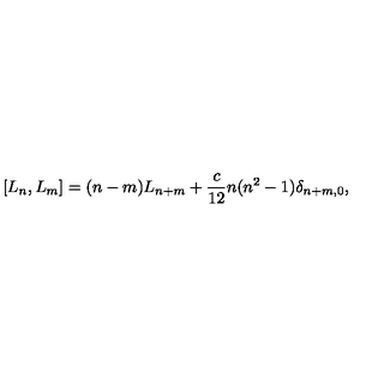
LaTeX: [ L _ { n } , L _ { m } ] = ( n - m ) L _ { n + m } + \frac { c } { 1 2 } n ( n ^ { 2 } - 1 ) \delta _ { n + m , 0 } ,